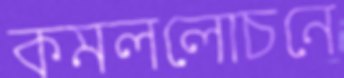
কমললোচনে